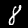
Label: 8